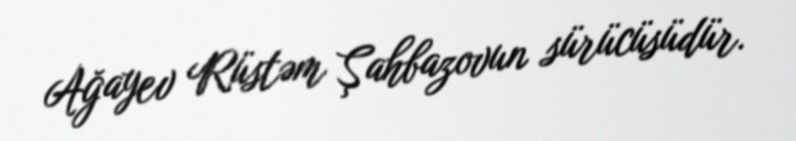
Ağayev Rüstəm Şahbazovun sürücüsüdür.